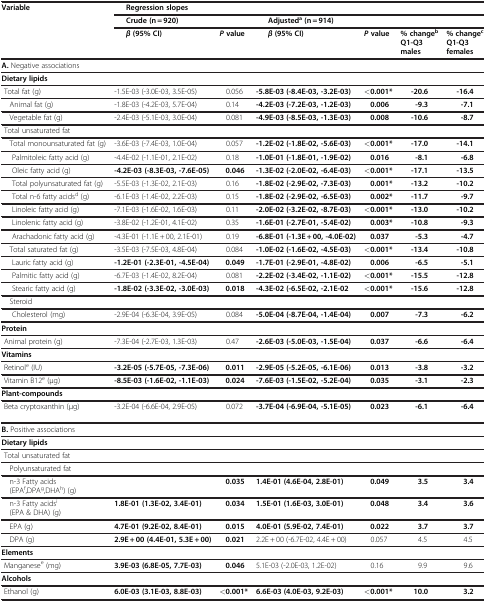
<table><thead><tr><td><b>Variable</b></td><td colspan="6"><b>Regression slopes</b></td></tr><tr><td><b> </b></td><td colspan="2"><b>Crude (n = 920)</b></td><td colspan="4"><b>Adjusted<sup>a</sup>(n = 914)</b></td></tr></thead><tbody><tr><td> </td><td><b><i>β</i></b><b>(95% CI)</b></td><td><b><i>P</i></b><b>value</b></td><td><b><i>β</i></b><b>(95% CI)</b></td><td><b><i>P</i></b><b>value</b></td><td><b>% change</b><sup><b>b</b></sup><b>Q1-Q3 males</b></td><td><b>% change</b><sup><b>c</b></sup><b>Q1-Q3 females</b></td></tr><tr><td colspan="7"><b>A.</b> Negative associations</td></tr><tr><td colspan="7"><b>Dietary lipids</b></td></tr><tr><td> Total fat (g)</td><td>-1.5E-03 (-3.0E-03, 3.5E-05)</td><td>0.056</td><td><b>-5.8E-03 (-8.4E-03, -3.2E-03)</b></td><td><b>&lt;0.001*</b></td><td><b>-20.6</b></td><td><b>-16.4</b></td></tr><tr><td> Animal fat (g)</td><td>-1.8E-03 (-4.2E-03, 5.7E-04)</td><td>0.14</td><td><b>-4.2E-03 (-7.2E-03, -1.2E-03)</b></td><td><b>0.006</b></td><td><b>-9.3</b></td><td><b>-7.1</b></td></tr><tr><td> Vegetable fat (g)</td><td>-2.4E-03 (-5.1E-03, 3.0E-04)</td><td>0.081</td><td><b>-4.9E-03 (-8.5E-03, -1.3E-03)</b></td><td><b>0.008</b></td><td><b>-10.6</b></td><td><b>-8.7</b></td></tr><tr><td colspan="7"> Total unsaturated fat</td></tr><tr><td> Total monounsaturated fat (g)</td><td>-3.6E-03 (-7.4E-03, 1.0E-04)</td><td>0.057</td><td><b>-1.2E-02 (-1.8E-02, -5.6E-03)</b></td><td><b>&lt;0.001*</b></td><td><b>-17.0</b></td><td><b>-14.1</b></td></tr><tr><td>Palmitoleic fatty acid (g)</td><td>-4.4E-02 (-1.1E-01, 2.1E-02)</td><td>0.18</td><td><b>-1.0E-01 (-1.8E-01, -1.9E-02)</b></td><td><b>0.016</b></td><td><b>-8.1</b></td><td><b>-6.8</b></td></tr><tr><td>Oleic fatty acid (g)</td><td><b>-4.2E-03 (-8.3E-03, -7.6E-05)</b></td><td><b>0.046</b></td><td><b>-1.3E-02 (-2.0E-02, -6.4E-03)</b></td><td><b>&lt;0.001*</b></td><td><b>-17.1</b></td><td><b>-13.5</b></td></tr><tr><td>Total polyunsaturated fat (g)</td><td>-5.5E-03 (-1.3E-02, 2.1E-03)</td><td>0.16</td><td><b>-1.8E-02 (-2.9E-02, -7.3E-03)</b></td><td><b>0.001*</b></td><td><b>-13.2</b></td><td><b>-10.2</b></td></tr><tr><td>Total n-6 fatty acids<sup>d</sup> (g)</td><td>-6.1E-03 (-1.4E-02, 2.2E-03)</td><td>0.15</td><td><b>-1.8E-02 (-2.9E-02, -6.5E-03)</b></td><td><b>0.002*</b></td><td><b>-11.7</b></td><td><b>-9.7</b></td></tr><tr><td>Linoleic fatty acid (g)</td><td>-7.1E-03 (-1.6E-02, 1.6E-03)</td><td>0.11</td><td><b>-2.0E-02 (-3.2E-02, -8.7E-03)</b></td><td><b>&lt;0.001*</b></td><td><b>-13.0</b></td><td><b>-10.2</b></td></tr><tr><td>Linolenic fatty acid (g)</td><td>-3.8E-02 (-1.2E-01, 4.1E-02)</td><td>0.35</td><td><b>-1.6E-01 (-2.7E-01, -5.4E-02)</b></td><td><b>0.003*</b></td><td><b>-10.8</b></td><td><b>-9.3</b></td></tr><tr><td>Arachadonic fatty acid (g)</td><td>-4.3E-01 (-1.1E + 00, 2.1E-01)</td><td>0.19</td><td><b>-6.8E-01 (-1.3E + 00, -4.0E-02)</b></td><td><b>0.037</b></td><td><b>-5.3</b></td><td><b>-4.7</b></td></tr><tr><td> Total saturated fat (g)</td><td>-3.5E-03 (-7.5E-03, 4.8E-04)</td><td>0.084</td><td><b>-1.0E-02 (-1.6E-02, -4.5E-03)</b></td><td><b>&lt;0.001*</b></td><td><b>-13.4</b></td><td><b>-10.8</b></td></tr><tr><td>Lauric fatty acid (g)</td><td><b>-1.2E-01 (-2.3E-01, -4.5E-04)</b></td><td><b>0.049</b></td><td><b>-1.7E-01 (-2.9E-01, -4.8E-02)</b></td><td><b>0.006</b></td><td><b>-6.5</b></td><td><b>-5.1</b></td></tr><tr><td>Palmitic fatty acid (g)</td><td>-6.7E-03 (-1.4E-02, 8.2E-04)</td><td>0.081</td><td><b>-2.2E-02 (-3.4E-02, -1.1E-02)</b></td><td><b>&lt;0.001*</b></td><td><b>-15.5</b></td><td><b>-12.8</b></td></tr><tr><td>Stearic fatty acid (g)</td><td><b>-1.8E-02 (-3.3E-02, -3.0E-03)</b></td><td><b>0.018</b></td><td><b>-4.3E-02 (-6.5E-02, -2.1E-02</b></td><td><b>&lt;0.001*</b></td><td><b>-15.6</b></td><td><b>-12.8</b></td></tr><tr><td colspan="7"> Steroid</td></tr><tr><td>Cholesterol (mg)</td><td>-2.9E-04 (-6.3E-04, 3.9E-05)</td><td>0.084</td><td><b>-5.0E-04 (-8.7E-04, -1.4E-04)</b></td><td><b>0.007</b></td><td><b>-7.3</b></td><td><b>-6.2</b></td></tr><tr><td colspan="7"><b>Protein</b></td></tr><tr><td> Animal protein (g)</td><td>-7.3E-04 (-2.7E-03, 1.3E-03)</td><td>0.47</td><td><b>-2.6E-03 (-5.0E-03, -1.5E-04)</b></td><td><b>0.037</b></td><td><b>-6.6</b></td><td><b>-6.4</b></td></tr><tr><td colspan="7"><b>Vitamins</b></td></tr><tr><td> Retinol<sup>e</sup> (IU)</td><td><b>-3.2E-05 (-5.7E-05, -7.3E-06)</b></td><td><b>0.011</b></td><td><b>-2.9E-05 (-5.2E-05, -6.1E-06)</b></td><td><b>0.013</b></td><td><b>-3.8</b></td><td><b>-3.2</b></td></tr><tr><td> Vitamin B12<sup>e</sup> (μg)</td><td><b>-8.5E-03 (-1.6E-02, -1.1E-03)</b></td><td><b>0.024</b></td><td><b>-7.6E-03 (-1.5E-02, -5.2E-04)</b></td><td><b>0.035</b></td><td><b>-3.1</b></td><td><b>-2.3</b></td></tr><tr><td colspan="7"><b>Plant-compounds</b></td></tr><tr><td> Beta cryptoxanthin (μg)</td><td>-3.2E-04 (-6.6E-04, 2.9E-05)</td><td>0.072</td><td><b>-3.7E-04 (-6.9E-04, -5.1E-05)</b></td><td><b>0.023</b></td><td><b>-6.1</b></td><td><b>-6.4</b></td></tr><tr><td colspan="7"><b>B.</b> Positive associations</td></tr><tr><td colspan="7"><b>Dietary lipids</b></td></tr><tr><td colspan="7"> Total unsaturated fat</td></tr><tr><td colspan="7"> Polyunsaturated fat</td></tr><tr><td> n-3 Fatty acids (EPA<sup>f</sup>,DPA<sup>g</sup>,DHA<sup>h</sup>) (g)</td><td> </td><td><b>0.035</b></td><td><b>1.4E-01 (4.6E-04, 2.8E-01)</b></td><td><b>0.049</b></td><td><b>3.5</b></td><td><b>3.4</b></td></tr><tr><td> n-3 Fatty acids<sup>i</sup> (EPA &amp; DHA) (g)</td><td><b>1.8E-01 (1.3E-02, 3.4E-01)</b></td><td><b>0.034</b></td><td><b>1.5E-01 (1.6E-03, 3.0E-01)</b></td><td><b>0.048</b></td><td><b>3.4</b></td><td><b>3.6</b></td></tr><tr><td> EPA (g)</td><td><b>4.7E-01 (9.2E-02, 8.4E-01)</b></td><td><b>0.015</b></td><td><b>4.0E-01 (5.9E-02, 7.4E-01)</b></td><td><b>0.022</b></td><td><b>3.7</b></td><td><b>3.7</b></td></tr><tr><td> DPA (g)</td><td><b>2.9E + 00 (4.4E-01, 5.3E + 00)</b></td><td><b>0.021</b></td><td>2.2E + 00 (-6.7E-02, 4.4E + 00)</td><td>0.057</td><td>4.5</td><td>4.5</td></tr><tr><td colspan="7"><b>Elements</b></td></tr><tr><td> Manganese<sup>e</sup> (mg)</td><td><b>3.9E-03 (6.8E-05, 7.7E-03)</b></td><td><b>0.046</b></td><td>5.1E-03 (-2.0E-03, 1.2E-02)</td><td>0.16</td><td>9.9</td><td>9.6</td></tr><tr><td colspan="7"><b>Alcohols</b></td></tr><tr><td> Ethanol (g)</td><td><b>6.0E-03 (3.1E-03, 8.8E-03)</b></td><td><b>&lt;0.001*</b></td><td><b>6.6E-03 (4.0E-03, 9.2E-03)</b></td><td><b>&lt;0.001*</b></td><td><b>10.0</b></td><td><b>3.2</b></td></tr></tbody></table>